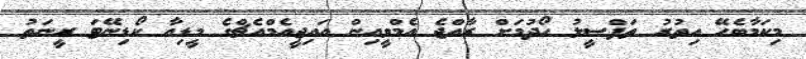
މިކަމާބެހޭ އިތުރު ތަފްސީލު ހޯދުމަށް ރާއްޖެ އެމްވީއިން އައިޖީއެމްއެޗްގެ މީޑިއާ ކޯޑިނޭޓަ ރީނަތު